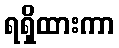
ရရှိထားကာ